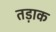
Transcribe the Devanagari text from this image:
तड़ाक